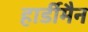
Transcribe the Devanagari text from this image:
हार्डीमैन